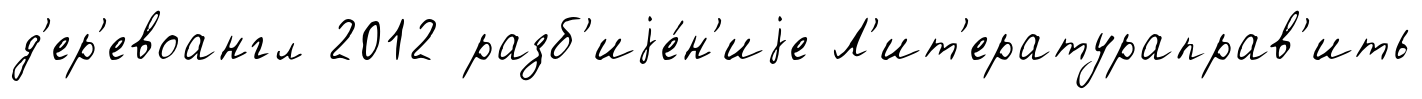
д'ер'евоангл 2012 разб'иjе́н'иjе Л'ит'ератураправ'ить